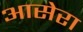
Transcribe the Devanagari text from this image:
आसेरा